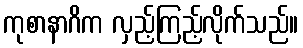
ကုစာနာဂိက လှည့်ကြည့်လိုက်သည်။